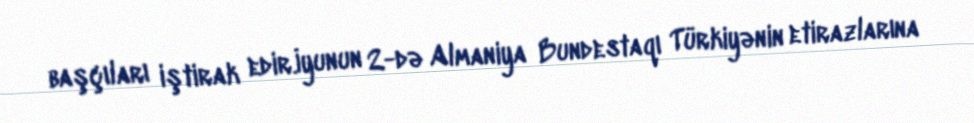
başçıları iştirak edir.İyunun 2-də Almaniya Bundestaqı Türkiyənin etirazlarına